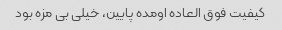
کیفیت فوق العاده اومده پایین، خیلی بی مزه بود